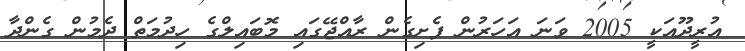
އުރީދޫއަކީ 2005 ވަނަ އަހަރުން ފެށިގެން ރާއްޖޭގައި މޮބައިލްގެ ހިދުމަތް ދެމުން ގެންދާ